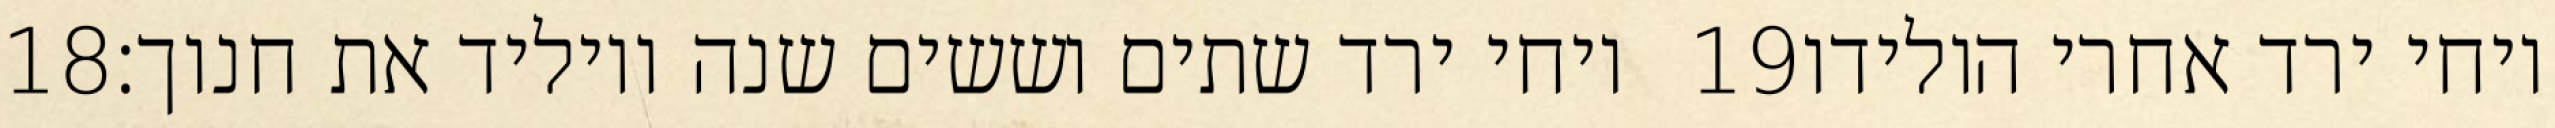
‎18‏ ויחי ירד שתים וששים שנה ויוליד את חנוך׃ ‎19‏ ויחי ירד אחרי הולידו